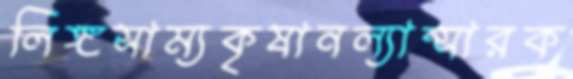
লিঙ্গসাম্যকৃষানল্যান্সারক